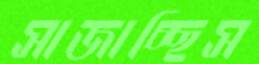
সাজাচ্ছিস